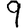
Digit: 9